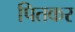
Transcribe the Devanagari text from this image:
पितकर